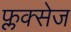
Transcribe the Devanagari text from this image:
फ्लक्‍सेज